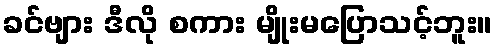
ခင်ဗျား ဒီလို စကား မျိုးမပြောသင့်ဘူး။